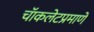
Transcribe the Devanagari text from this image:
चॅाकलेटप्रमाणे